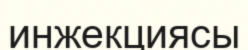
инжекциясы